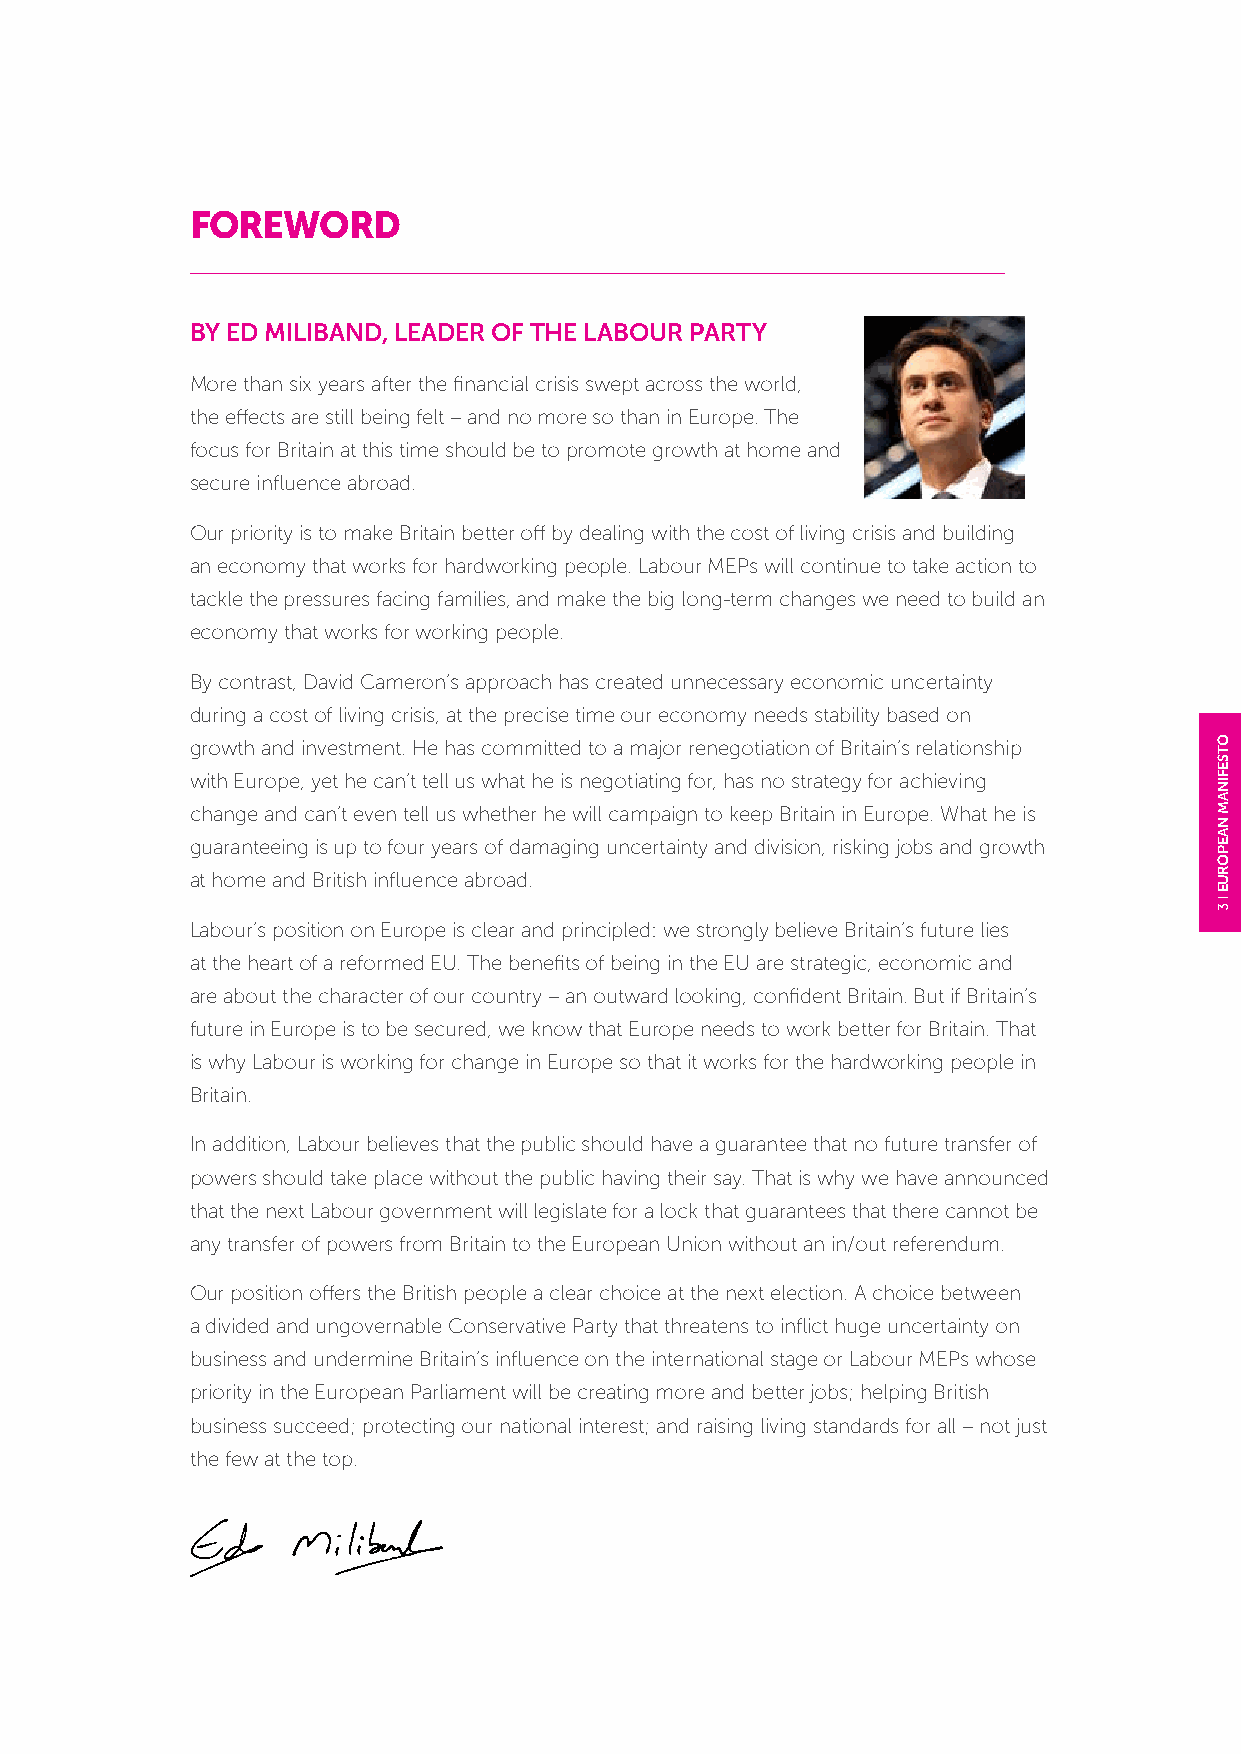
FOREWORD
 BY ED MILIBAND, LEADER OF THE LABOUR PARTY
 More than six years after the financial crisis swept across the world,
 the effects are still being felt – and no more so than in Europe. The
 focus for Britain at this time should be to promote growth at home and
 secure influence abroad.
 Our priority is to make Britain better off by dealing with the cost of living crisis and building
 an economy that works for hardworking people. Labour MEPs will continue to take action to
 tackle the pressures facing families, and make the big long-term changes we need to build an
 economy that works for working people.
 By contrast, David Cameron’s approach has created unnecessary economic uncertainty
 during a cost of living crisis, at the precise time our economy needs stability based on
 growth and investment. He has committed to a major renegotiation of Britain’s relationship
 with Europe, yet he can’t tell us what he is negotiating for, has no strategy for achieving
 change and can’t even tell us whether he will campaign to keep Britain in Europe. What he is
 guaranteeing is up to four years of damaging uncertainty and division, risking jobs and growth
 at home and British influence abroad.
 Labour’s position on Europe is clear and principled: we strongly believe Britain’s future lies
 at the heart of a reformed EU. The benefits of being in the EU are strategic, economic and
 are about the character of our country – an outward looking, confident Britain. But if Britain’s
 future in Europe is to be secured, we know that Europe needs to work better for Britain. That
 is why Labour is working for change in Europe so that it works for the hardworking people in
 Britain.
 In addition, Labour believes that the public should have a guarantee that no future transfer of
 powers should take place without the public having their say. That is why we have announced
 that the next Labour government will legislate for a lock that guarantees that there cannot be
 any transfer of powers from Britain to the European Union without an in/out referendum.
 Our position offers the British people a clear choice at the next election. A choice between
 a divided and ungovernable Conservative Party that threatens to inflict huge uncertainty on
 business and undermine Britain’s influence on the international stage or Labour MEPs whose
 priority in the European Parliament will be creating more and better jobs; helping British
 business succeed; protecting our national interest; and raising living standards for all – not just
 the few at the top.
 OTSEFINAM
 NAEPORUE
 3